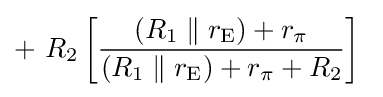
+\ R_{2}\left[{\frac {(R_{1}\parallel r_{\text{E}})+r_{\pi }}{(R_{1}\parallel r_{\text{E}})+r_{\pi }+R_{2}}}\right]\